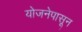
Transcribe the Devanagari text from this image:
योजनेपासून